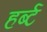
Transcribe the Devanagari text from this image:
हर्ब्ट